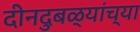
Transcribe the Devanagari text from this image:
दीनदुबळ्यांच्या